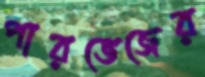
পারভেজের